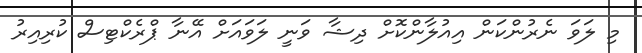
މި ލަވަ ނެރުންކަން އިއުލާންކޮށް ދިޝާ ވަނީ ލަވައަށް އޭނާ ޕްރެކްޓިސް ކުރިއިރު